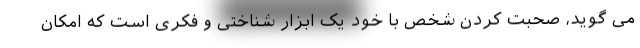
می گوید، صحبت کردن شخص با خود یک ابزار شناختی و فکری است که امکان